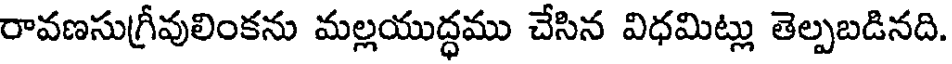
రావణసుగ్రీవులింకను మల్లయుద్ధము చేసిన విధమిట్లు తెల్పబడినది.